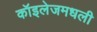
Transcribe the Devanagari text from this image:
कॉइलेजमधली